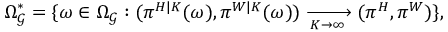
\Omega _ { \mathcal { G } } ^ { * } = \{ \omega \in \Omega _ { \mathcal { G } } : ( \pi ^ { H | K } ( \omega ) , \pi ^ { W | K } ( \omega ) ) \xrightarrow [ K \to \infty ] { } ( \pi ^ { H } , \pi ^ { W } ) \} ,